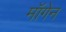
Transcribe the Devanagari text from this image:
मॉगेन